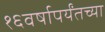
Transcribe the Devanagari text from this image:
१६वर्षापर्यंतच्या